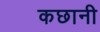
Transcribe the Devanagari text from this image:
कछानी